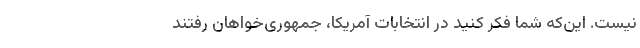
نیست. این‌که شما فکر کنید در انتخابات آمریکا، جمهوری‌خواهان رفتند